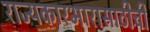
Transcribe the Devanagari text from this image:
राज्यकारभारासाठीची